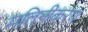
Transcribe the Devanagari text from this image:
मलिनीकरण